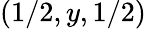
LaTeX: (1/2,y,1/2)